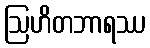
ဩဟိတဘာရဿ